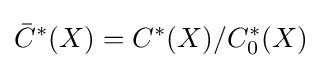
{\bar {C}}^{*}(X)=C^{*}(X)/C_{0}^{*}(X)